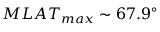
M L A T _ { m a x } \sim 6 7 . 9 ^ { \circ }